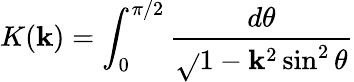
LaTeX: K(\mathbf{k})=\int_{0}^{\pi/2}\frac{{d\theta}}{{\sqrt{}{{1-\mathbf{k}^{2}\sin^{2}\theta}}}}